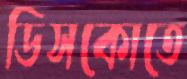
ডিসকোতে